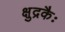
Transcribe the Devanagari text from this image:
क्षुद्रकैः